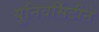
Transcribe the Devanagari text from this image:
यूनिवर्सिटीने